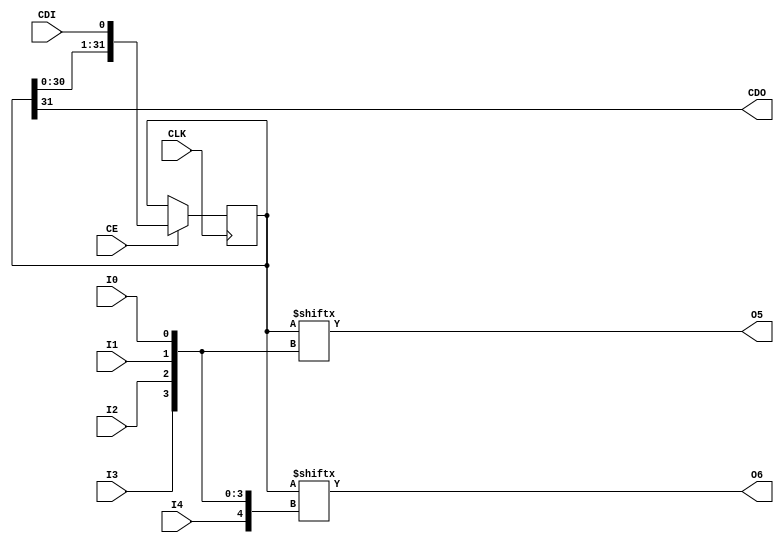
module CFGLUT5 (
  output CDO,
  output O5,
  output O6,
  input I4,
  input I3,
  input I2,
  input I1,
  input I0,
  input CDI,
  input CE,
  (* clkbuf_sink *)
  (* invertible_pin = "IS_CLK_INVERTED" *)
  input CLK
);
  parameter [31:0] INIT = 32'h00000000;
  parameter [0:0] IS_CLK_INVERTED = 1'b0;
  wire clk = CLK ^ IS_CLK_INVERTED;
  reg [31:0] r = INIT;
  assign CDO = r[31];
  assign O5 = r[{1'b0, I3, I2, I1, I0}];
  assign O6 = r[{I4, I3, I2, I1, I0}];
  always @(posedge clk) if (CE) r <= {r[30:0], CDI};
endmodule